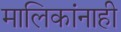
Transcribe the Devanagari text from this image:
मालिकांनाही